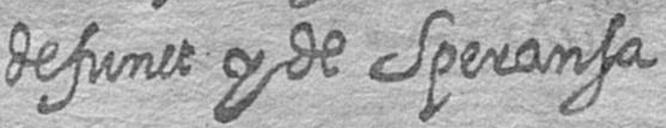
defunct y de Speransa